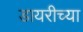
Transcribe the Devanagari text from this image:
डायरीच्या